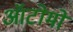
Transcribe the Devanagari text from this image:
ऑटोमो